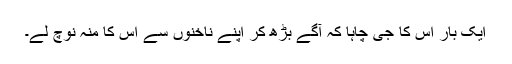
ایک بار اس کا جی چاہا کہ آگے بڑھ کر اپنے ناخنوں سے اس کا منہ نوچ لے۔